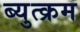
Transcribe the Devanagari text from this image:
ब्युत्क्रम